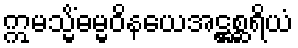
ဣမသ္မိံဓမ္မဝိနယေအဋ္ဌစ္ဆရိယံ